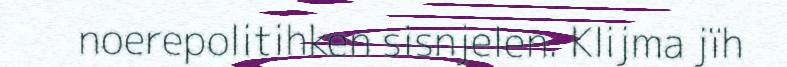
noerepolitihken sisnjelen. Klijma jïh